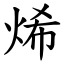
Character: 烯